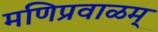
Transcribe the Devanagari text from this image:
मणिप्रवाळम्